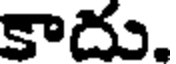
కాదు.